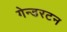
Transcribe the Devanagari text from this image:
गेन्डरटन